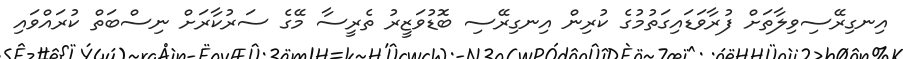
އިނގިރޭސިވިލާތަށް ފުރާވަޑައިގަތުމުގެ ކުރިން އިނގިރޭސި ބޮޑުވަޒީރު ތެރީސާ މޭގެ ސަރުކާރަށް ނިސްބަތް ކުރައްވައި